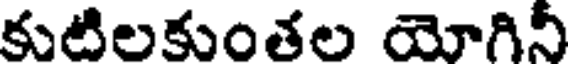
కుటిలకుంతల యోగినీ